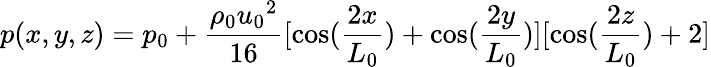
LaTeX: p(x,y,z)=p_{0}+\frac{\rho_{0}{u_{0}}^{2}}{16}[\cos(\frac{2x}{L_{0}})+\cos(\frac{2y}{L_{0}})][\cos(\frac{2z}{L_{0}})+2]